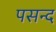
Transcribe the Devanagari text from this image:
पसन्‍द